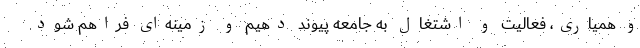
و همیاری، فعالیت و اشتغال به جامعه پیوند دهیم و زمینه‌ای فراهم شود